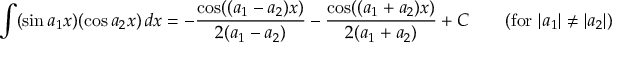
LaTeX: \int ( \sin a _ { 1 } x ) ( \cos a _ { 2 } x ) \, d x = - { \frac { \cos ( ( a _ { 1 } - a _ { 2 } ) x ) } { 2 ( a _ { 1 } - a _ { 2 } ) } } - { \frac { \cos ( ( a _ { 1 } + a _ { 2 } ) x ) } { 2 ( a _ { 1 } + a _ { 2 } ) } } + C \qquad { \mathrm { ( f o r ~ } } | a _ { 1 } | \neq | a _ { 2 } | { \mathrm { ) } }